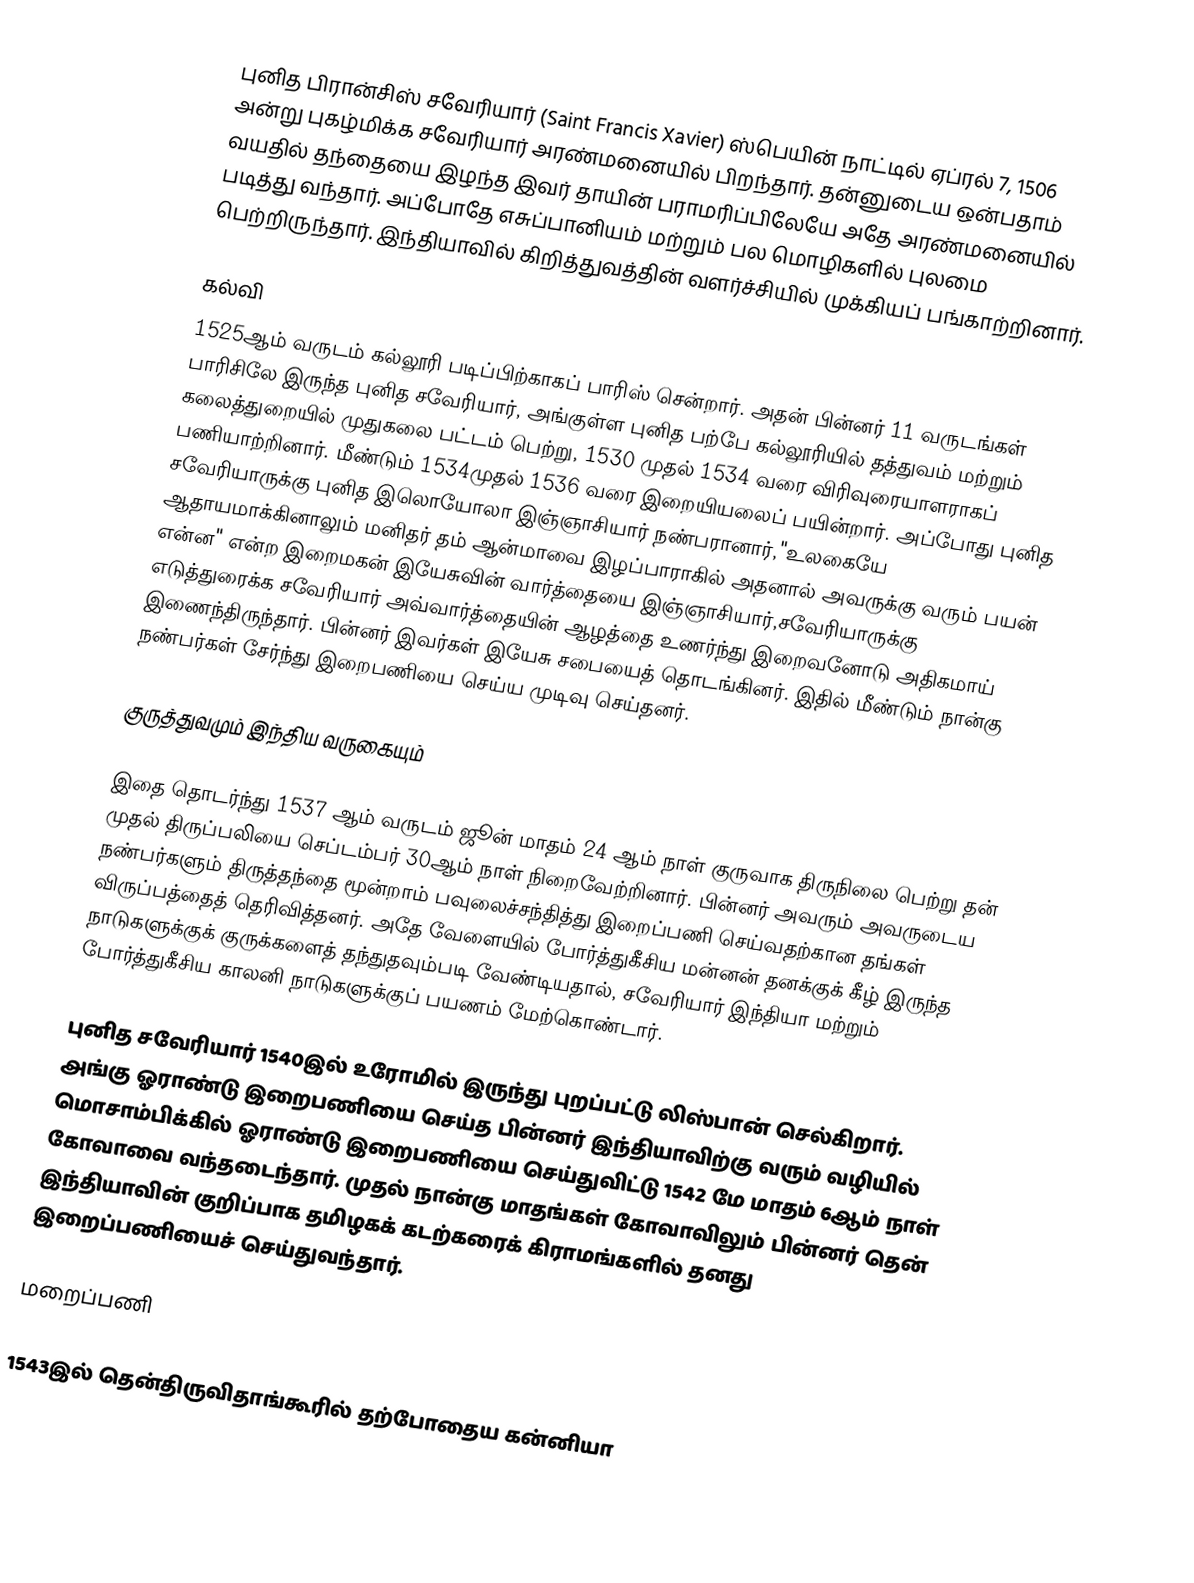
புனித பிரான்சிஸ் சவேரியார் (Saint Francis Xavier) ஸ்பெயின் நாட்டில் ஏப்ரல் 7, 1506 அன்று புகழ்மிக்க சவேரியார் அரண்மனையில் பிறந்தார். தன்னுடைய ஒன்பதாம் வயதில் தந்தையை இழந்த இவர் தாயின் பராமரிப்பிலேயே அதே அரண்மனையில் படித்து வந்தார். அப்போதே எசுப்பானியம் மற்றும் பல மொழிகளில் புலமை பெற்றிருந்தார். இந்தியாவில் கிறித்துவத்தின் வளர்ச்சியில் முக்கியப் பங்காற்றினார்.

கல்வி
1525ஆம் வருடம் கல்லூரி படிப்பிற்காகப் பாரிஸ் சென்றார். அதன் பின்னர் 11 வருடங்கள் பாரிசிலே இருந்த புனித சவேரியார், அங்குள்ள புனித பற்பே கல்லூரியில் தத்துவம் மற்றும் கலைத்துறையில் முதுகலை பட்டம் பெற்று, 1530 முதல் 1534 வரை விரிவுரையாளராகப் பணியாற்றினார். மீண்டும்  1534முதல் 1536 வரை இறையியலைப் பயின்றார். அப்போது புனித சவேரியாருக்கு புனித இலொயோலா இஞ்ஞாசியார் நண்பரானார்,"உலகையே ஆதாயமாக்கினாலும் மனிதர் தம் ஆன்மாவை இழப்பாராகில் அதனால் அவருக்கு வரும் பயன் என்ன" என்ற இறைமகன் இயேசுவின் வார்த்தையை இஞ்ஞாசியார்,சவேரியாருக்கு எடுத்துரைக்க சவேரியார் அவ்வார்த்தையின் ஆழத்தை உணர்ந்து இறைவனோடு அதிகமாய் இணைந்திருந்தார். பின்னர் இவர்கள் இயேசு சபையைத் தொடங்கினர். இதில் மீண்டும் நான்கு நண்பர்கள் சேர்ந்து இறைபணியை செய்ய முடிவு செய்தனர்.

குருத்துவமும் இந்திய வருகையும்

இதை தொடர்ந்து 1537 ஆம் வருடம் ஜூன் மாதம் 24 ஆம் நாள் குருவாக திருநிலை பெற்று தன் முதல் திருப்பலியை செப்டம்பர் 30ஆம் நாள் நிறைவேற்றினார். பின்னர் அவரும் அவருடைய நண்பர்களும் திருத்தந்தை மூன்றாம் பவுலைச்சந்தித்து இறைப்பணி செய்வதற்கான தங்கள் விருப்பத்தைத் தெரிவித்தனர். அதே வேளையில் போர்த்துகீசிய மன்னன் தனக்குக் கீழ் இருந்த நாடுகளுக்குக் குருக்களைத் தந்துதவும்படி வேண்டியதால், சவேரியார் இந்தியா மற்றும் போர்த்துகீசிய காலனி நாடுகளுக்குப் பயணம் மேற்கொண்டார்.

புனித சவேரியார் 1540இல் உரோமில் இருந்து புறப்பட்டு லிஸ்பான் செல்கிறார். அங்கு ஓராண்டு இறைபணியை செய்த பின்னர் இந்தியாவிற்கு வரும் வழியில் மொசாம்பிக்கில் ஓராண்டு இறைபணியை செய்துவிட்டு 1542 மே மாதம் 6ஆம் நாள் கோவாவை வந்தடைந்தார். முதல் நான்கு மாதங்கள் கோவாவிலும் பின்னர் தென் இந்தியாவின் குறிப்பாக தமிழகக் கடற்கரைக் கிராமங்களில் தனது இறைப்பணியைச் செய்துவந்தார்.

மறைப்பணி

1543இல்  தென்திருவிதாங்கூரில் தற்போதைய கன்னியா